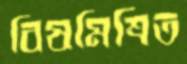
বিষমিশ্রিত